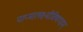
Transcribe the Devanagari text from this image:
पाप्मालक्ष्मीविषापहम्